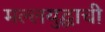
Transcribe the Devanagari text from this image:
मल्लयुद्धाची